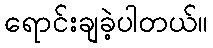
ရောင်းချခဲ့ပါတယ်။